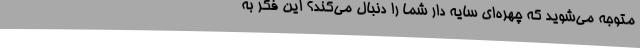
متوجه می‌شوید که چهره‌ای سایه دار شما را دنبال می‌کند؟ این فکر به